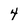
Character: 4